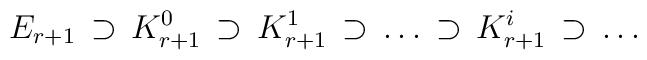
E_{r+1} \, \supset \,K^{0}_{r+1} \, \supset \, K^{1}_{r+1}\, \supset \, \dots \, \supset \, K^{i}_{r+1}\, \supset \, \dots